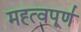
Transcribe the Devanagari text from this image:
मह्त्वपूण॑